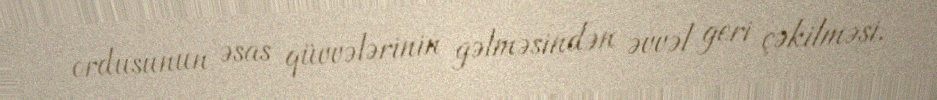
ordusunun əsas qüvvələrinin gəlməsindən əvvəl geri çəkilməsi.